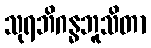
သုရဘိဂန္ဓဘူသိတာ